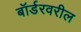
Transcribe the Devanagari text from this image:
बॉर्डरवरील